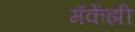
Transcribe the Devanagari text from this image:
मॅकेंझी